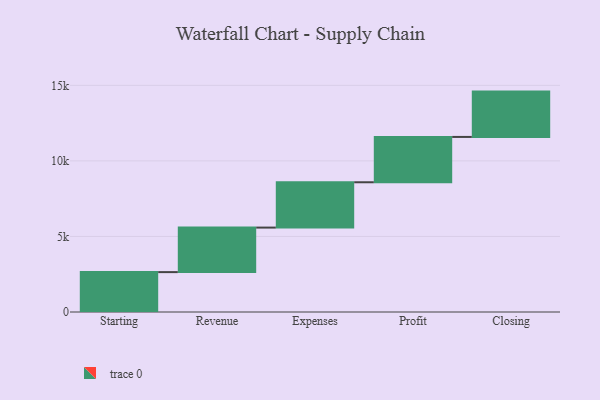
{"axis": {"x": "Step", "y": "Value"}, "legend": [""], "data": [{"x": "Starting", "y": 2640.0, "type": ""}, {"x": "Revenue", "y": 2946.0, "type": ""}, {"x": "Expenses", "y": 3000, "type": ""}, {"x": "Profit", "y": 3000, "type": ""}, {"x": "Closing", "y": 3000, "type": ""}]}